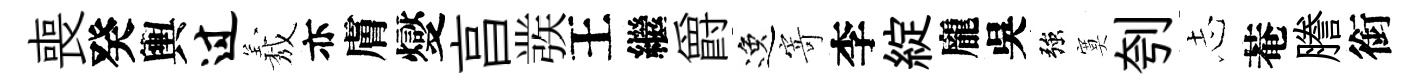
喪癸輿过𦏁亦膚燮亯彂王繼爵逸寄李綻龐吳強寞刳𢖽菴謄銜